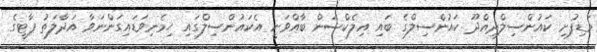
މަޑިފުށި ކައުންސިލްދިއްދޫ ކައުންސިލްގެ ބައި އިލެކްޝަން ބާއްވަނީ އެކައުންސިލްގައި ހިމެނިވަޑައިގަންނަވާ އަދާލަތު ޕާޓީގެ